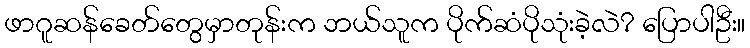
ဖာဂူဆန်ခေတ်တွေမှာတုန်းက ဘယ်သူက ပိုက်ဆံပိုသုံးခဲ့လဲ? ပြောပါဦး။